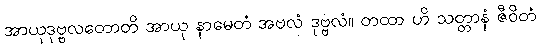
အာယုဒုဗ္ဗလတောတိ အာယု နာမေတံ အဗလံ ဒုဗ္ဗလံ။ တထာ ဟိ သတ္တာနံ ဇီဝိတံ